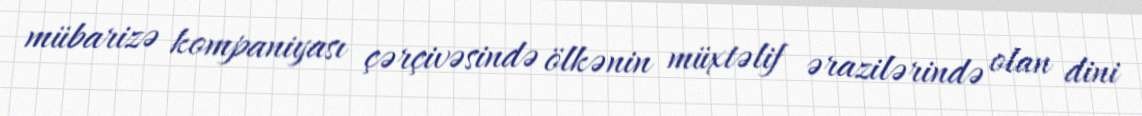
mübarizə kompaniyası çərçivəsində ölkənin müxtəlif ərazilərində olan dini